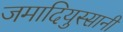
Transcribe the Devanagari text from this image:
जमादियुस्सानी